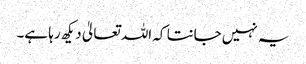
یہ نہیں جانتا کہ اللہ تعالیٰ دیکھ رہا ہے۔